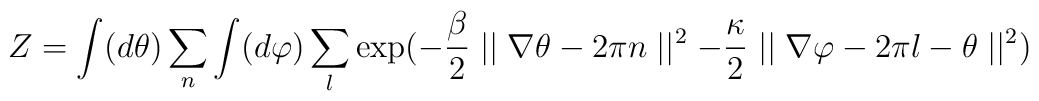
Z = \int (d\theta ) \sum_{ n }\int (d\varphi ) \sum_{ l } \exp(-\frac{\beta}{2}\mid\mid \nabla \theta -2\pi n\mid\mid^2-\frac{\kappa}{2}\mid\mid \nabla \varphi -2\pi l -\theta \mid\mid^2)